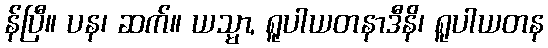
န်ပြီ။ ပန၊ ဆက်။ ယသ္မာ, ရူပါယတနာဒီနိ၊ ရူပါယတန